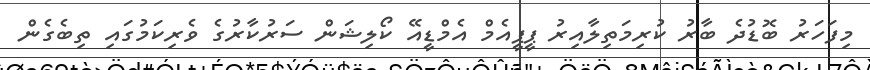
މިފަހަރު ބޮޑުދެ ބާރު ކުރިމަތިލާއިރު ޕީޕީއެމް އެމްޑީއޭ ކޯލިޝަން ސަރުކާރުގެ ވެރިކަމުގައި ތިބެގެން